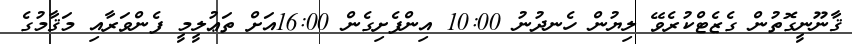
ޤާނޫނީގޮތުން ގެޒެޓްކުރެވޭ ލިޔުން ހެނދުނު 10:00 އިންފެށިގެން 16:00އަށް ތަޢުލީމީ ފެންވަރާއި މަޤާމުގެ